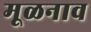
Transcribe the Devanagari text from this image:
मूळनाव